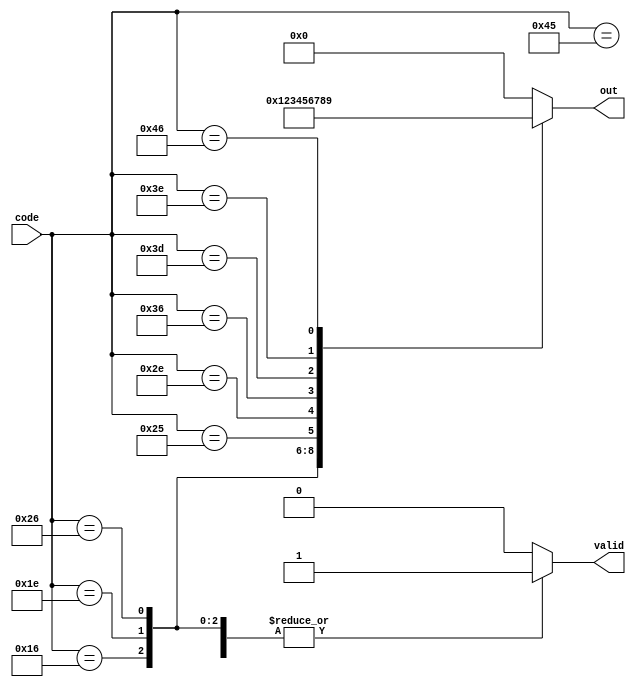
module top_module (
    input [7:0] code,
    output reg [3:0] out,
    output reg valid);//

    always @(*) begin
        valid = 1;  // Assume valid is true by default
        case (code)
            8'h45: out = 0;
            8'h16: out = 1;
            8'h1e: out = 2;
            8'h26: out = 3;
            8'h25: out = 4;
            8'h2e: out = 5;
            8'h36: out = 6;
            8'h3d: out = 7;
            8'h3e: out = 8;
            8'h46: out = 9;
            default: begin
                out = 4'd0; // Set out to a default value
                valid = 0;
            end
        endcase
    end

endmodule